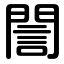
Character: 誾